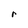
Character: r